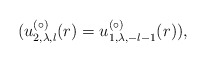
\begin{align*}(u^{(\circ)}_{2,\lambda,l}(r) = u^{(\circ)}_{1,\lambda,-l-1}(r)),\end{align*}